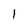
Character: 1